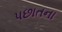
પછાતના